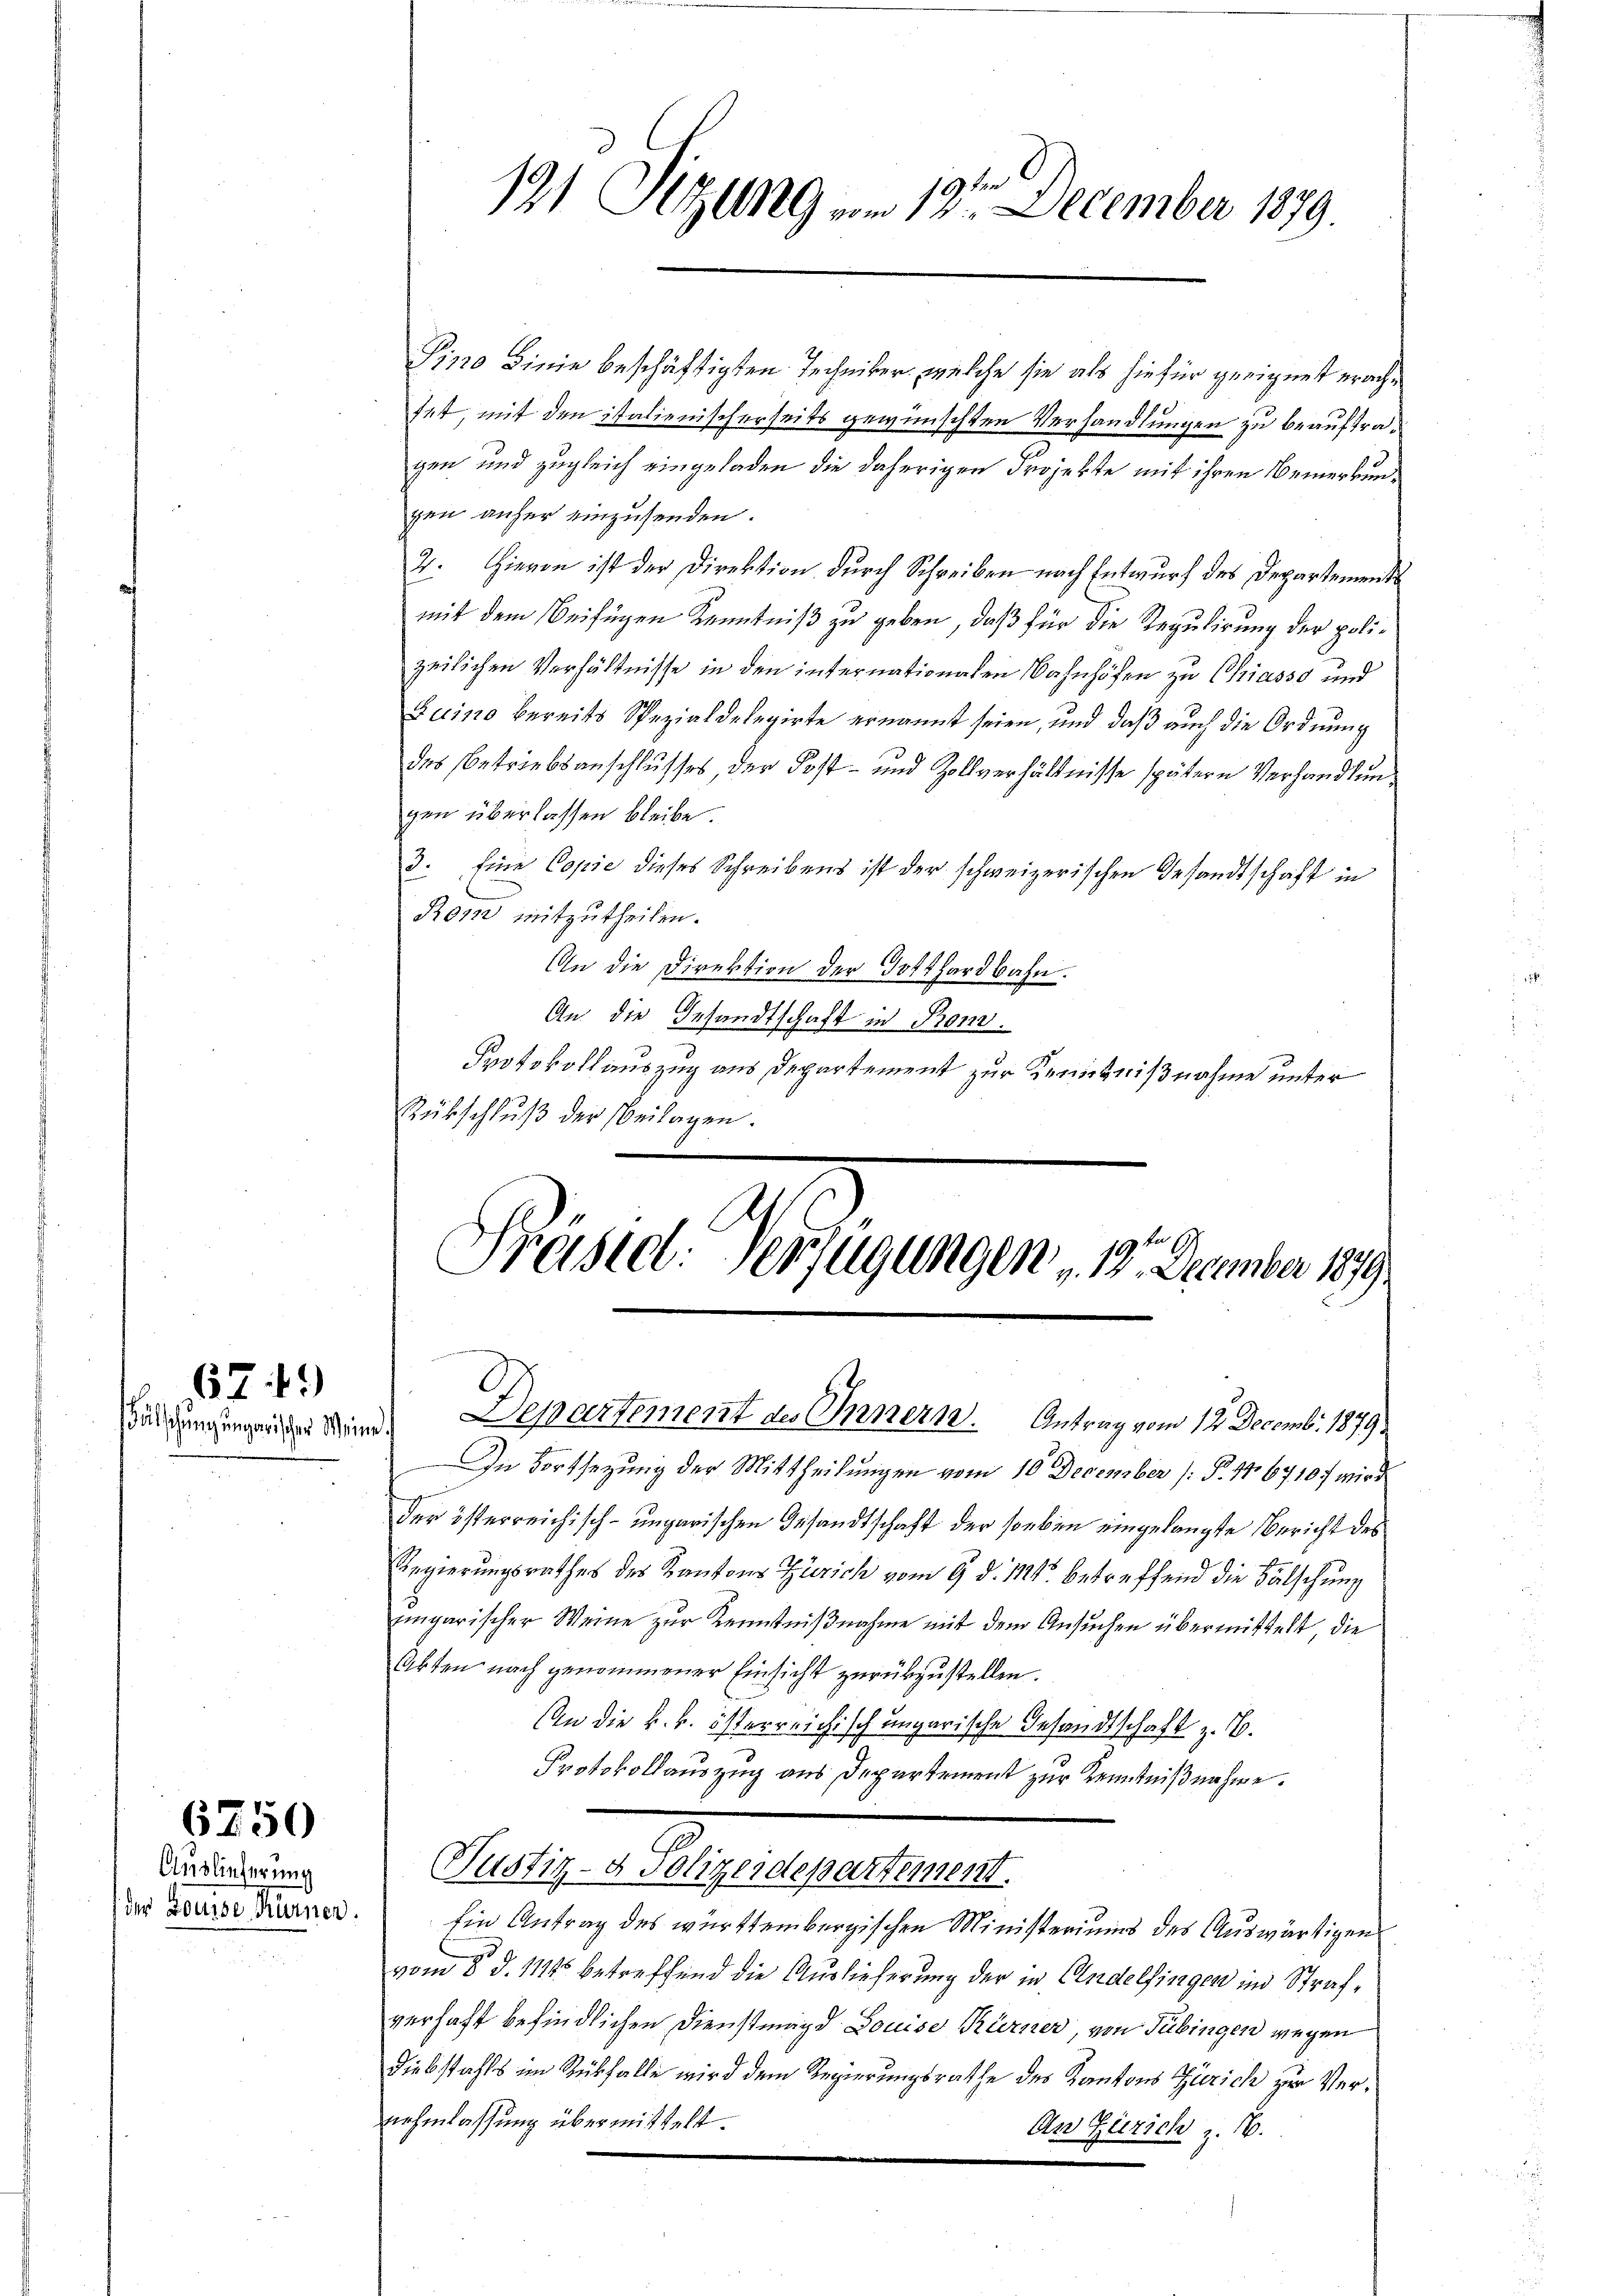
älschung unzwischer Mein

674)

6750

Auslieferung
der Louise Kürner.

191 Sitzung am 12. December 1879.

Präsid. Verfügungen 13. Dezember 1899
 Departement des Innern. Antrag vom 12. Decemb. 1879

Pino Linie beschäftigten Techniker, welche sie als hiefür geeignet erachfet, mit den italienischerseits gewünschten Verhandlungen zu beauftraggen und zugleich eingeladen die daherigen Projekte mit ihren Bemerkungen anher einzusenden.
4. Hievon ist der Direktion durch Schreiben nach Entwurf des Departements
mit dem Beifügen Kenntniß zu geben, daß für die Regulirung der polizeilichen Verhältnisse in den internationalen Bahnhöfen zu Chiasso und
Luino bereits Spezialdelegirte ernannt seien, und daß auch die Ordnung
das Betriebsanschlusses, der Post- und Zollverhältnisse spätern Verhandlung
gen überlassen bleibe.
3. Eine Copie dieses Schreibens ist der schweizerischen Gesandtschaft in
Rom mitzutheilen.
An die Direktion der Gotthardbahn.
An die Gesandtschaft in Kons.
Protokollauszug aus Departement zur Kenntnißnahme unter
Rübschluß der Beilagen.

In Fortsetzung der Mittheilungen vom 10 December (§. 176710 wird
der österreichisch-ungarischen Gesandtschaft der soeben eingelangte Bericht des
Regierungsrathes des Kantons Zürich vom 9. d. Mts. betreffend die Fälschung
engarischer Weine zur Kenntnißnahme mit dem Ansuchen übermittelt, die
Akten nach genommener Einsicht zurückzustellen.
An die k. k. österreichisch ungarische Gesandtschaft z. B.
Protokollauszug aus Departement zur Kenntnißnahme.
Justiz- & Polizeidepartement.
Ein Antrag des württembergischen Ministeriums des Auswärtigen
vom 8. d. 114 betreffend die Auslieferung der in Andelfingen in Strafverhaft befindlichen Dienstmagd Louise Körner, von Tübingen wegen
Diebstahls im Rückfalle wird dem Regierungsrathe des Kantons Zürich zur Vernehmlassung übermittelt.
An Zürich z. 16.